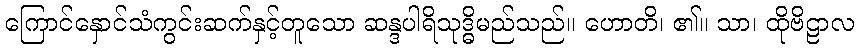
ကြောင်နှောင်သံကွင်းဆက်နှင့်တူသော ဆန္ဒပါရိသုဒ္ဓိမည်သည်။ ဟောတိ၊ ၏။ သာ၊ ထိုဗိဠာလ